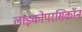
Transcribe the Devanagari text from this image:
लाइकोपरसिकॉन